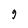
Character: 9